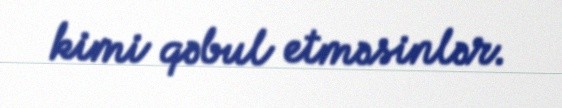
kimi qəbul etməsinlər.